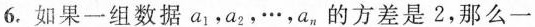
6.如果一组数据a_{1}，a_{2}，\cdots，a_{n}的方差是2，那么一